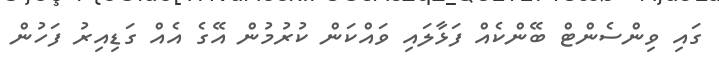
ގައި ވިންސެންޓް ބޭންކެއް ފަޅާލައި ވައްކަން ކުރުމުން އޭގެ އެއް ގަޑިއިރު ފަހުން